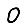
Digit: 0